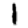
Digit: 1